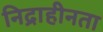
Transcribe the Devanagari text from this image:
निद्राहीनता